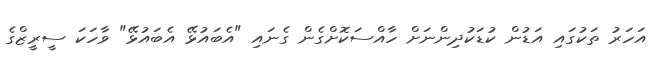
އަހަރު ތަކުގައި އަޑުން ކުޑަކުދިންނަށް ހާއްސަކޮށްގެން ގެނައި "އެބައުޅޭ އެބައުޅޭ" ވާހަކަ ސީރީޒްގެ